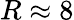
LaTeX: R\approx 8